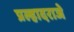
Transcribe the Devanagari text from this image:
प्रल्हादराजे